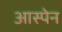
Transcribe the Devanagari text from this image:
आस्पेन